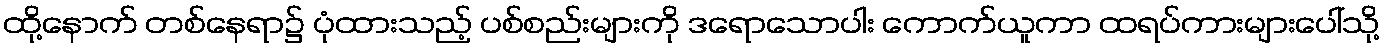
ထို့နောက် တစ်နေရာ၌ ပုံထားသည့် ပစ်စည်းများကို ဒရောသောပါး ကောက်ယူကာ ထရပ်ကားများပေါ်သို့